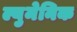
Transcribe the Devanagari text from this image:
ल्युमेनिक